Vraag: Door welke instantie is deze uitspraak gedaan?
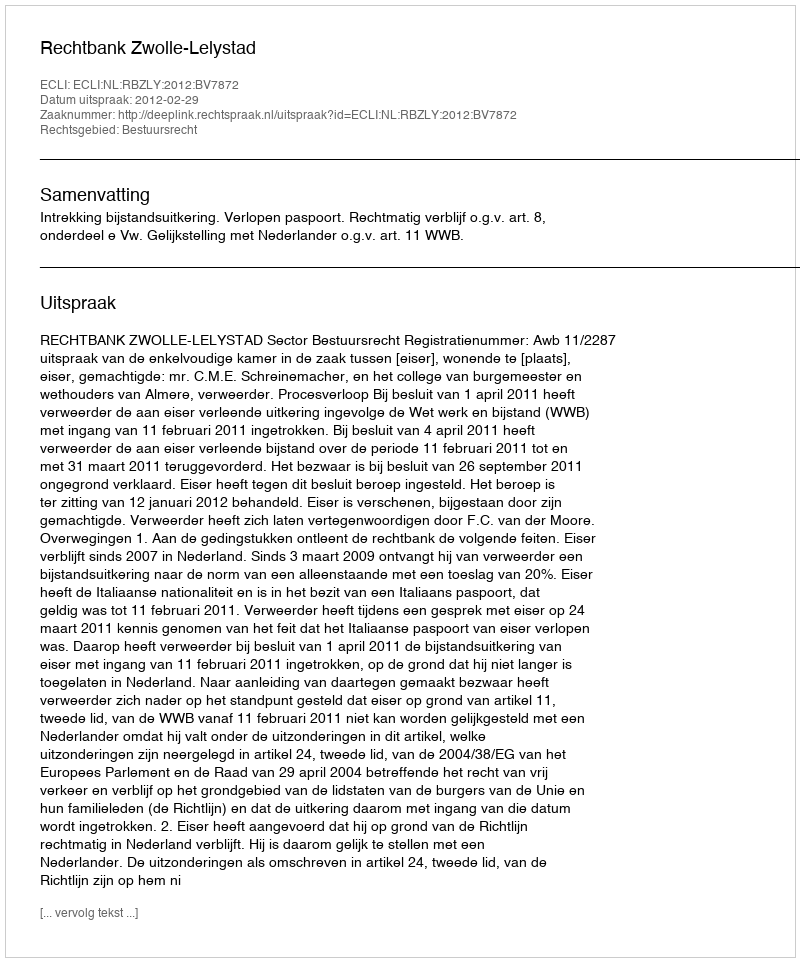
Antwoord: Rechtbank Zwolle-Lelystad